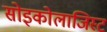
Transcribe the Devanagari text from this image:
सोइकोलाजिस्ट